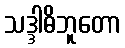
သဒ္ဒါဓိဘူတော